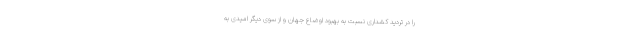
را در تردید کشداری نسبت به بهبود اوضاع جهان و از سوی دیگر امیدی به